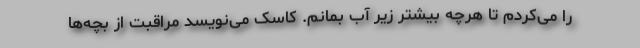
را می‌کردم تا هرچه بیشتر زیر آب بمانم. کاسک می‌نویسد مراقبت از بچه‌ها